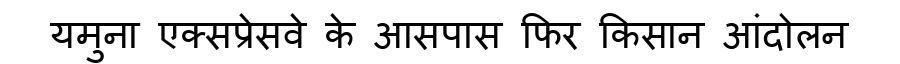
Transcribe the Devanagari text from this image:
यमुना एक्सप्रेसवे के आसपास फिर किसान आंदोलन